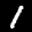
Label: 1